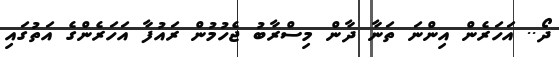
ދޯ.. އަހަރެން އިންނަ ތަނާ ދާން މިސްރާބު ޖެހުމުން ރައުފާ އަހަރެންގެ އަތުގައި